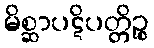
မိစ္ဆာပဋိပတ္တိဉ္စ